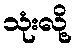
သုံးလို့